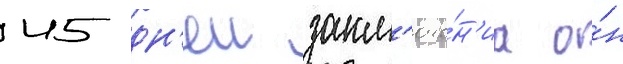
45 дн'еи закл'юче́н'иа о́н